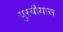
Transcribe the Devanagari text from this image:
युस्बीयास